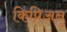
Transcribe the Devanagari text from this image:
किप्रिअनु